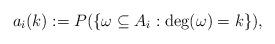
LaTeX: \begin{align*}a_i(k):= P(\{\omega\subseteq A_i: \deg(\omega)=k\}),\end{align*}